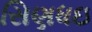
સિણધઇ